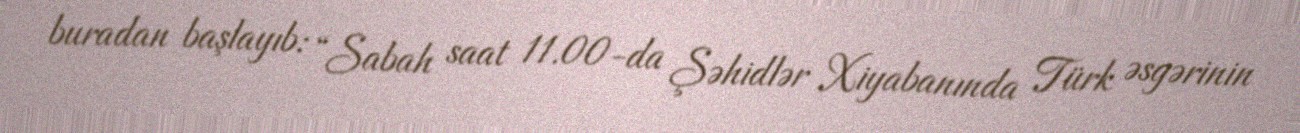
buradan başlayıb: “Sabah saat 11.00-da Şəhidlər Xiyabanında Türk əsgərinin